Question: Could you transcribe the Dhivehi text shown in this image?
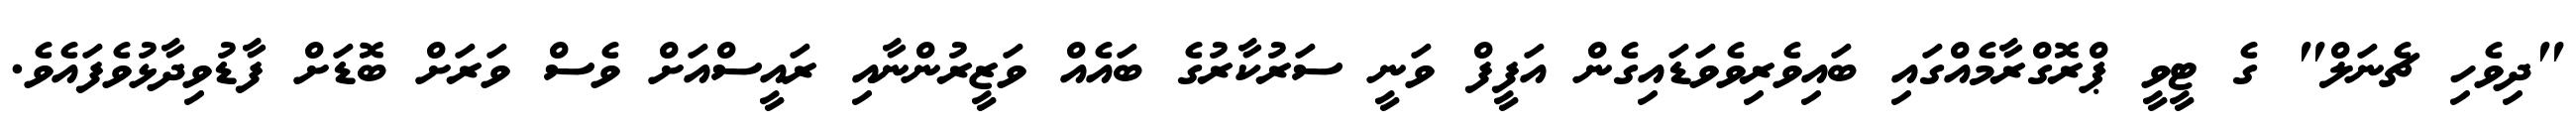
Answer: "ދިވެހި ޗެނަލް" ގެ ޓީވީ ޕްރޮގްރާމެއްގައި ބައިވެރިވެވަޑައިގެން އަފީފް ވަނީ ސަރުކާރުގެ ބައެއް ވަޒީރުންނާއި ރައީސްއަށް ވެސް ވަރަށް ބޮޑަށް ފާޑުވިދާޅުވެފައެވެ.